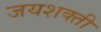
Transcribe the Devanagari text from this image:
जयशक्ती